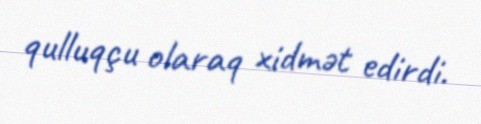
qulluqçu olaraq xidmət edirdi.